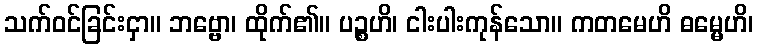
သက်ဝင်ခြင်းငှာ။ ဘဗ္ဗော၊ ထိုက်၏။ ပဉ္စဟိ၊ ငါးပါးကုန်သော။ ကတမေဟိ ဓမ္မေဟိ၊